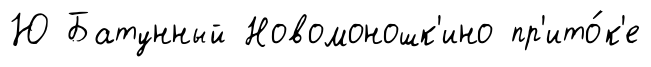
Ю Батунный Новомоношк'ино пр'ито́к'е